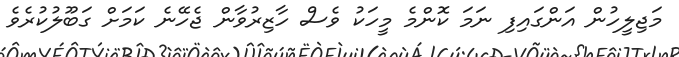
މަޖިލީހުން އަންގައިފި ނަމަ ކޮންމެ މީހަކު ވެސް ހާޒިރުވާން ޖެހޭނެ ކަމަށް ގަބޫލުކުރެވެ